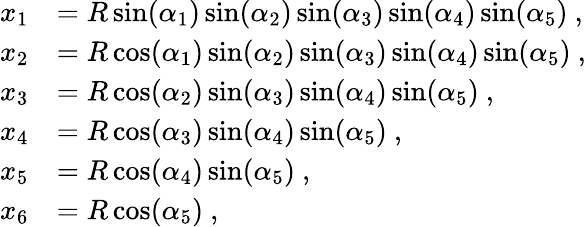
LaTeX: \begin{array}{rl}{x_{1}}&{=R\sin(\alpha_{1})\sin(\alpha_{2})\sin(\alpha_{3})\sin(\alpha_{4})\sin(\alpha_{5})~,}\\ {x_{2}}&{=R\cos(\alpha_{1})\sin(\alpha_{2})\sin(\alpha_{3})\sin(\alpha_{4})\sin(\alpha_{5})~,}\\ {x_{3}}&{=R\cos(\alpha_{2})\sin(\alpha_{3})\sin(\alpha_{4})\sin(\alpha_{5})~,}\\ {x_{4}}&{=R\cos(\alpha_{3})\sin(\alpha_{4})\sin(\alpha_{5})~,}\\ {x_{5}}&{=R\cos(\alpha_{4})\sin(\alpha_{5})~,}\\ {x_{6}}&{=R\cos(\alpha_{5})~,}\end{array}